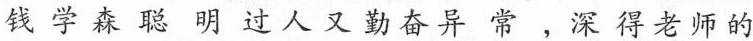
钱学森聪明过人又勤奋异常，深得老师的